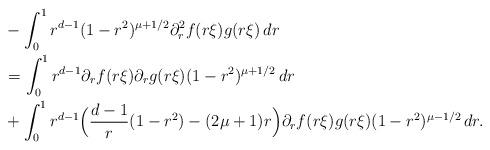
LaTeX: \begin{align*}& - \int_0^1 r^{d-1} (1-r^2)^{\mu + 1/2} \partial_r^2 f (r\xi) g(r\xi) \, dr \\& =\int_0^1 r^{d-1} \partial_r f (r\xi) \partial_r g(r\xi) (1-r^2)^{\mu + 1/2} \, dr \\& + \int_0^1 r^{d-1} \Big( \frac{d-1}{r} (1-r^2) - (2\mu + 1)r \Big)\partial_r f (r\xi) g(r\xi) (1-r^2)^{\mu - 1/2} \, dr.\end{align*}